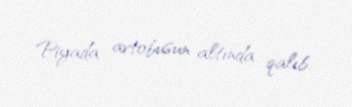
Piyada avtobusun altında qalıb.